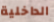
الداخلية